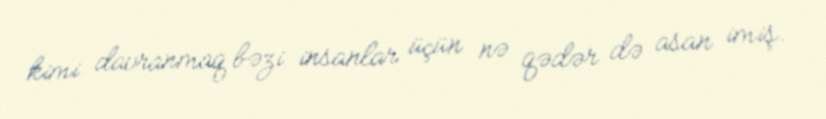
kimi davranmaq bəzi insanlar üçün nə qədər də asan imiş.